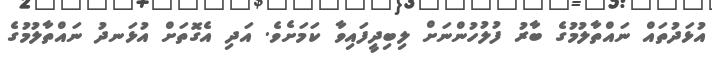
އުޅަދުތައް ނައްތާލުމުގެ ބާރު ފުލުހުންނަށް ލިބިދީފައިވާ ކަމަށެވެ. އަދި އެގޮތަށް އުޅަނދު ނައްތާލުމުގެ